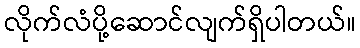
လိုက်လံပို့ဆောင်လျက်ရှိပါတယ်။